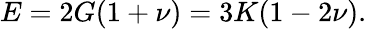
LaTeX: E=2G(1+\nu)=3K(1-2\nu).